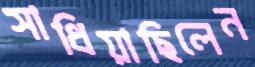
সাধিয়াছিলেন